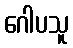
ဂေါပသူ